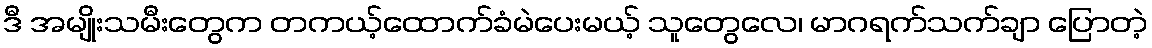
ဒီ အမျိုးသမီးတွေက တကယ့်ထောက်ခံမဲပေးမယ့် သူတွေလေ၊ မာဂရက်သက်ချာ ပြောတဲ့